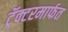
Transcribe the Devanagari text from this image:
ट्रॅक्टरमार्फत